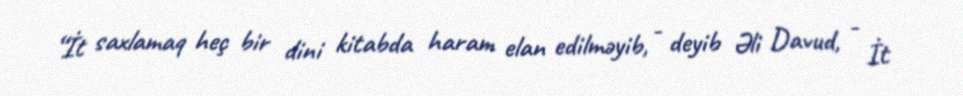
“İt saxlamaq heç bir dini kitabda haram elan edilməyib, - deyib Əli Davud, - İt